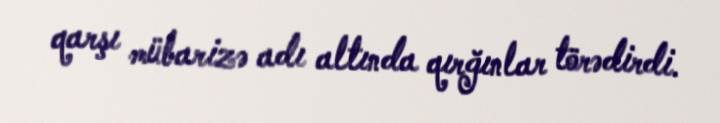
qarşı mübarizə adı altında qırğınlar törədirdi.